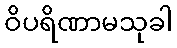
ဝိပရိဏာမသုခါ